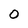
Character: o